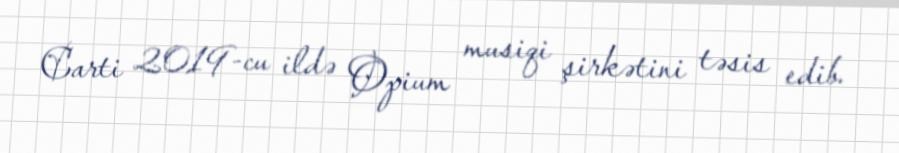
Carti 2019-cu ildə Opium musiqi şirkətini təsis edib.